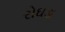
રોઘડા